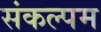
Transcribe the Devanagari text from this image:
संकल्पम